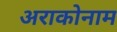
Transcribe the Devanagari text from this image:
अराकोनाम